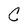
Character: C